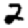
Digit: 2